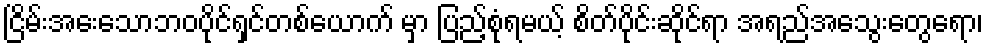
ငြိမ်းအေးသောဘဝပိုင်ရှင်တစ်ယောက် မှာ ပြည့်စုံရမယ့် စိတ်ပိုင်းဆိုင်ရာ အရည်အသွေးတွေရော၊